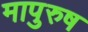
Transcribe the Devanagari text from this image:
मापुरुष